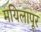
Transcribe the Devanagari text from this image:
मयिलापूर